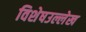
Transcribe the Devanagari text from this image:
विशेषउल्लेख